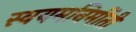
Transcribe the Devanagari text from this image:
स्वयमनिर्मीती